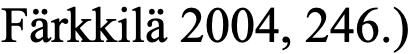
Färkkilä 2004, 246.)